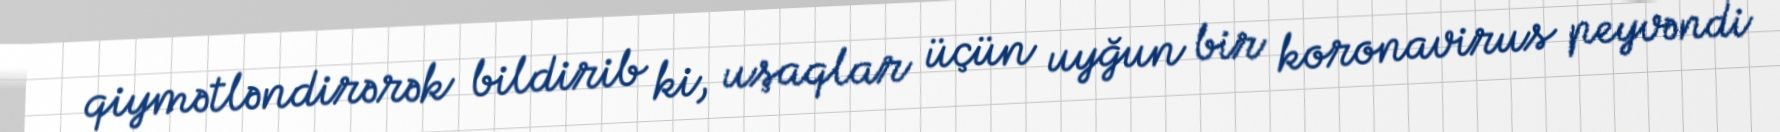
qiymətləndirərək bildirib ki, uşaqlar üçün uyğun bir koronavirus peyvəndi